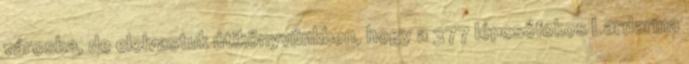
városba, de elolvastuk útikönyvünkben, hogy a 377 lépcsőfokos Lardarina